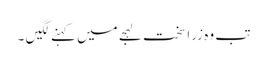
تب وہ زرا سخت لہجے میں کہنے لگیں ۔